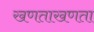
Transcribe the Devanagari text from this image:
खणताखणता